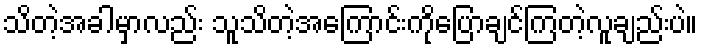
သိတဲ့အခါမှာလည်း သူသိတဲ့အကြောင်းကိုပြောချင်ကြတဲ့လူချည်းပဲ။